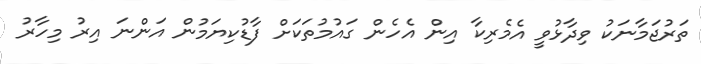
ތަރުޖަމާނަކު ވިދާޅުވީ އެމެރިކާ އިން އެހެން ގައުމުތަކަށް ފާޑުކިޔަމުން އަންނަ އިރު މިހާރު